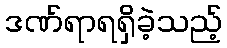
ဒဏ်ရာရရှိခဲ့သည့်